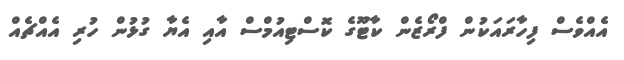
އެއްވެސް ފިހާރައަކުން ފްރޯޒެން ކާޓޫގެ ކޮސްޓިއުމްސް އާއި އެޔާ ގުޅުން ހުރި އެއްޗެއް